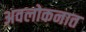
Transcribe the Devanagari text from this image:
अवलोकनात